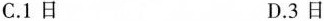
C.1日 D.3日